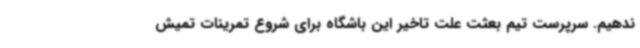
ندهیم. سرپرست تیم بعثت علت تاخیر این باشگاه برای شروع تمرینات تمیش